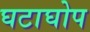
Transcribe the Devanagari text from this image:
घटाघोप